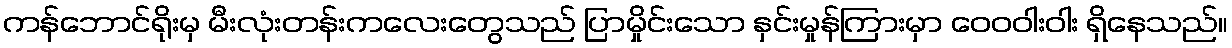
ကန်ဘောင်ရိုးမှ မီးလုံးတန်းကလေးတွေသည် ပြာမှိုင်းသော နှင်းမှုန်ကြားမှာ ဝေဝဝါးဝါး ရှိနေသည်။